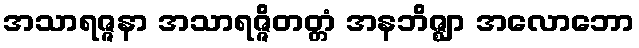
အသာရဇ္ဇနာ အသာရဇ္ဇိတတ္တံ အနဘိဇ္ဈာ အလောဘော